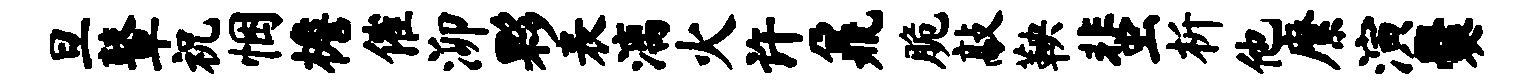
旦鼙祝悃檐催泖夥表漓火许鼐脆敲鞅蜚析他縻演爨